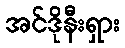
အင်ဒိုနီးရှား